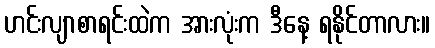
ဟင်းလျာစာရင်းထဲက အားလုံးက ဒီနေ့ ရနိုင်တာလား။